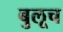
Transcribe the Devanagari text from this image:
बुलूच